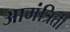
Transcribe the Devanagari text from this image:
आमंत्रिती